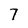
Character: 7